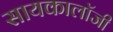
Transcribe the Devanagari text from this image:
सायकालॉजी